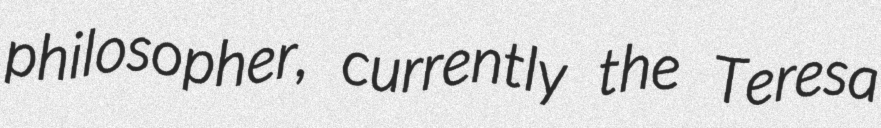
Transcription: philosopher, currently the Teresa